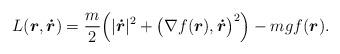
LaTeX: \begin{align*}L(\boldsymbol r,\boldsymbol {\dot r})=\frac{m}{2}\Big(|\boldsymbol{\dot r}|^2+\big(\nabla f(\boldsymbol r),\boldsymbol{\dot r}\big)^2\Big)-mgf(\boldsymbol r).\end{align*}